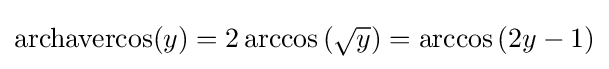
\operatorname {archavercos} (y)=2\arccos \left({\sqrt {y}}\right)=\arccos \left(2y-1\right)